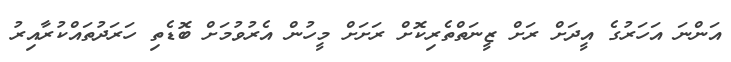
އަންނަ އަހަރުގެ އީދަށް ރަށް ޒީނަތްތެރިކޮށް ރަށަށް މީހުން އެރުވުމަށް ބޮޑެތި ހަރަދުތައްކުރާއިރު